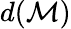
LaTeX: d(\mathcal{M})